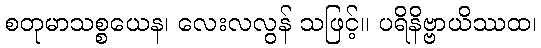
စတုမာသစ္စယေန၊ လေးလလွန် သဖြင့်။ ပရိနိဗ္ဗာယိဿထ၊